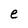
Character: e